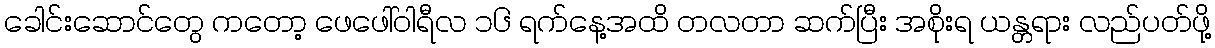
ခေါင်းဆောင်တွေ ကတော့ ဖေဖေါ်ဝါရီလ ၁၆ ရက်နေ့အထိ တလတာ ဆက်ပြီး အစိုးရ ယန္တရား လည်ပတ်ဖို့